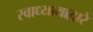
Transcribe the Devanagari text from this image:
स्वाध्यायाद्वारे